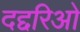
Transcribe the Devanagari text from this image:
दद्दरिओ